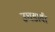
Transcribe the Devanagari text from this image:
उघडावी